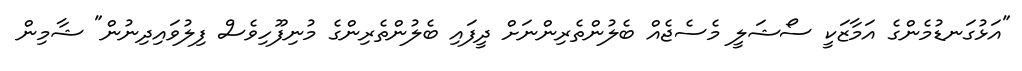
"އަޅުގަނޑުމެންގެ އަމާޒަކީ ސޯޝަލީ މެސެޖެއް ބެލުންތެރިންނަށް ދީފައި ބެލުންތެރިންގެ މުނިފޫހިވެސް ފިލުވައިދިނުން" ޝާމިން